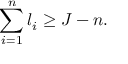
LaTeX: \sum _ { i = 1 } ^ { n } l _ { i } \geq J - n .